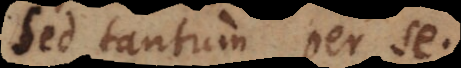
d tantum per se.